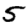
Digit: 5